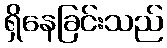
ရှိနေခြင်းသည်